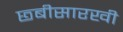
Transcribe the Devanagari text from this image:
छ्बीसारखी